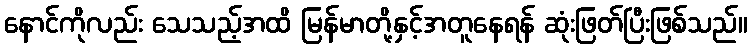
နောင်ကိုလည်း သေသည့်အထိ မြန်မာတို့နှင့်အတူနေရန် ဆုံးဖြတ်ပြီးဖြစ်သည်။